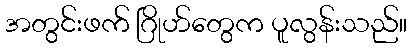
အတွင်းဖက် ဂြိုဟ်တွေက ပူလွန်းသည်။